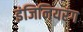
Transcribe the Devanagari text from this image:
इंजिनियरंग